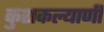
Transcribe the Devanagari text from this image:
कुशकल्याणी